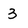
Character: 3